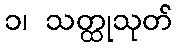
၁၊ သတ္ထုသုတ်